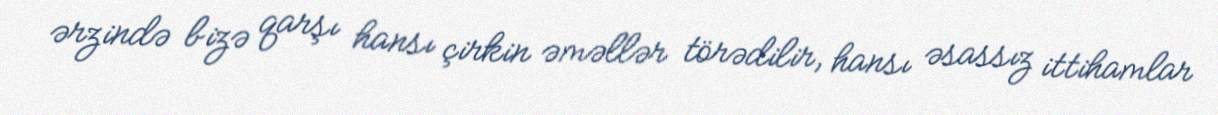
ərzində bizə qarşı hansı çirkin əməllər törədilir, hansı əsassız ittihamlar